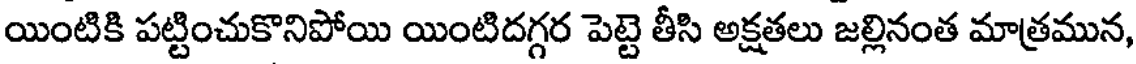
యింటికి పట్టించుకొనిపోయి యింటిదగ్గర పెట్టె తీసి అక్షతలు జల్లినంత మాత్రమున,